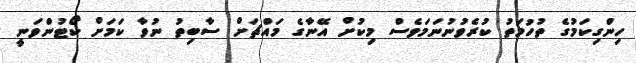
ހިންގިކަމުގެ ތުހުމަތު ކުރެވުނުނަމަވެސް މިކުށް އޭނާގެ މައްޗަށް ސާބިތު ނުވާ ކަމަށް ކޯޓުންވަނީ